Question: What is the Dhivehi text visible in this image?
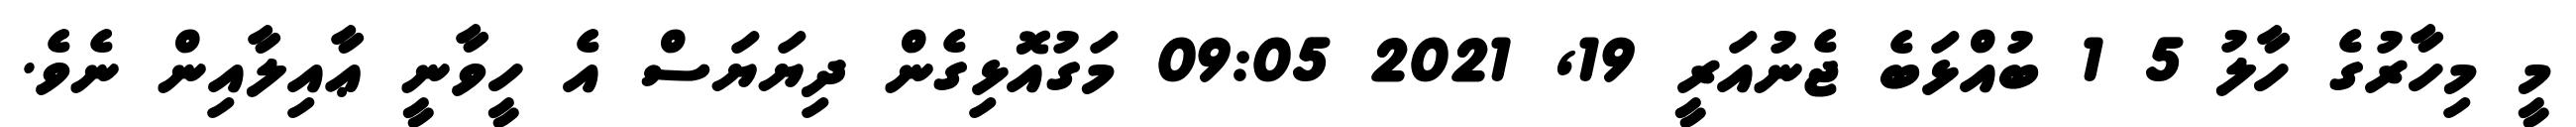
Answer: މީ މިހާރުގެ ހާލު 5 1 ބުއްޅަބެ ޖެނުއަރީ 19, 2021 09:05 މަގުއޮޅިގެން ދިޔަޔަސް އެ ހީވާނީ ޢާއިލާއިން ނެވެ.